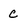
Character: C